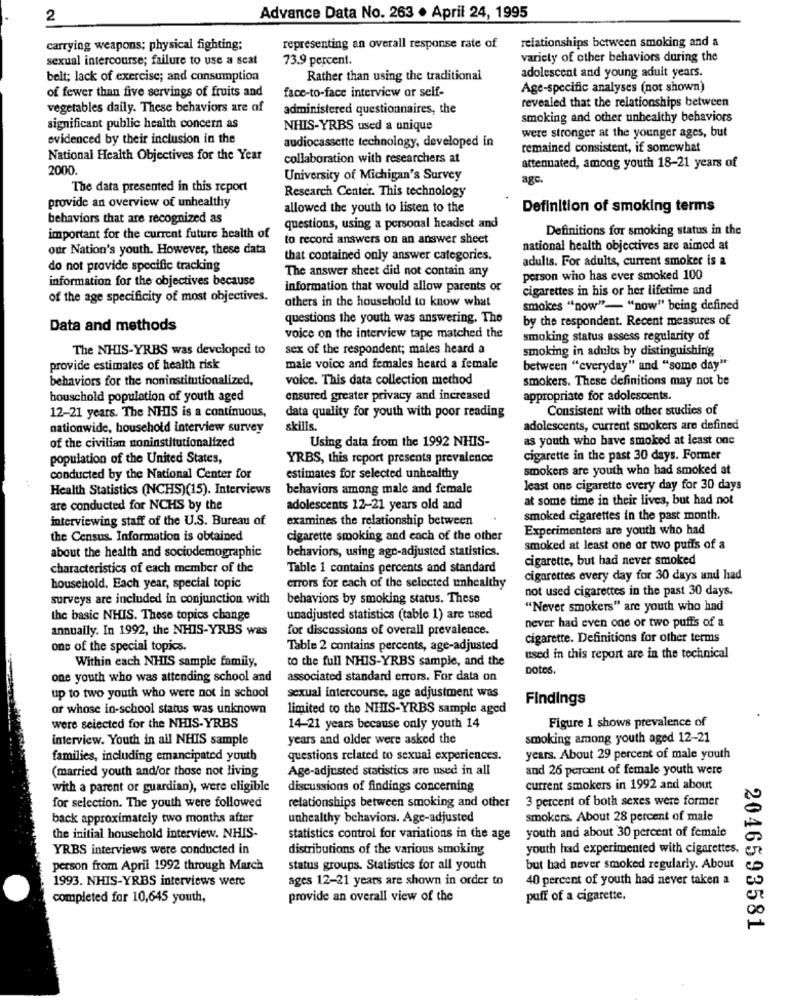
2
Advance Data No. 263 . April 24, 1995
carrying weapons; physical fighting;
representing an overall response rate of
relationships between smoking and a
sexual intercourse; failure to use a scat
73.9 percent.
variety of other behaviors during the
belt; lack of exercise; and consumption
Rather than using the traditional
adolescent and young adult years.
face-to-face interview or self-
Age-specific analyses (not shown)
of fewer than five servings of fruits and
revealed that the relationships between
vegetables daily. These behaviors are of
administered questionnaires, the
smoking and other unhealthy behaviors
significant public health concern as
NHIS-YRBS used a unique
were stronger at the younger ages, but
evidenced by their inclusion in the
audiocassette technology, developed in
remained consistent, if somewhat
National Health Objectives for the Year
collaboration with researchers at
2000.
attenuated, among youth 18-21 years of
University of Michigan's Survey
agc.
The data presented in this report
Research Center. This technology
provide an overview of unhealthy
allowed the youth to listen to the
Definition of smoking terms
behaviors that are recognized as
questions, using a personal headset and
Definitions for smoking status in the
important for the current future health of
to record answers on an answer sheet
our Nation's youth. However, these data
national health objectives are aimed at
that contained only answer categories.
adults. For adults, current smoker is a
do not provide specific tracking
The answer sheet did not contain any
information for the objectives because
person who has ever smoked 100
information that would allow parents or
cigarettes in his or her lifetime and
of the age specificity of most objectives.
others in the household to know what
smokes "now"- "now" being defined
questions the youth was answering. The
by the respondent. Recent measures of
Data and methods
voice on the interview tape matched the
smoking status assess regularity of
The NHIS-YRBS was developed to
sex of the respondent; males heard a
smoking in adults by distinguishing
provide estimates of health risk
male voice and females heard a female
between "everyday" and "some day"
behaviors for the noninstitutionalized,
voice. This data collection method
smokers. These definitions may not be
houschold population of youth aged
ensured greater privacy and increased
appropriate for adolescents.
12-21 years. The NHIS is a continuous,
Consistent with other studies of
data quality for youth with poor reading
nationwide, household interview survey
skills.
adolescents, current smokers are defined
of the civilian noninstitutionalized
Using data from the 1992 NHIS-
as youth who have smoked at least one
population of the United States,
YRBS, this report presents prevalence
cigarette in the past 30 days. Former
smokers are youth who had smoked at
conducted by the National Center for
estimates for selected unhealthy
Health Statistics (NCHS)(15). Interviews
behaviors among male and female
least one cigarette every day for 30 days
at some time in their lives, but had not
are conducted for NCHS by the
adolescents 12-21 years old and
interviewing staff of the U.S. Bureau of
examines the relationship between
smoked cigarettes in the past month.
Experimenters are youth who had
the Census. Information is obtained
cigarette smoking and each of the other
about the health and sociodemographic
behaviors, using agc-adjusted statistics.
smoked at least one or two puffs of a
cigarette, but had never smoked
characteristics of each member of the
Table 1 contains percents and standard
cigarettes every day for 30 days and had
household. Each year, special topic
errors for each of the selected unhealthy
not used cigarettes in the past 30 days.
surveys are included in conjunction with
behaviors by smoking status. These
"Never smokers" are youth who had
the basic NHIS. These topics change
unadjusted statistics (table 1) are used
annually. In 1992, the NHIS-YRBS was
for discussions of overall prevalence.
never had even one or two puffis of a
cigarette. Definitions for other terms
one of the special topics.
Table 2 contains percents, age-adjusted
to the full NHIS-YRBS sample, and the
used in this report are in the technical
Within each NHIS sample family,
Dotes.
one youth who was attending school and
associated standard errors. For data on
up to two youth who were not in school
sexual intercourse, age adjustment was
Findings
or whose in-school status was unknown
limited to the NHIS-YRBS sample aged
Figure 1 shows prevalence of
were selected for the NHIS-YRBS
14-21 years because only youth 14
interview. Youth in all NHIS sample
years and older were asked the
smoking among youth aged 12-21
families, including emancipated youth
questions related to sexual experiences.
years. About 29 percent of male youth
(married youth and/or those not living
Age-adjusted statistics are used in all
and 26 percent of female youth were
with a parent or guardian), were eligible
discussions of findings concerning
current smokers in 1992 and about
3 percent of both sexes were former
for selection. The youth were followed
relationships between smoking and other
back approximately two months after
unhealthy behaviors. Age-adjusted
smokers. About 28 percent of male
the initial household interview. NHIS-
statistics control for variations in the age
youth and about 30 percent of female
YRBS interviews were conducted in
distributions of the various smoking
youth had experimented with cigarettes,
person from April 1992 through March
status groups. Statistics for all youth
but had never smoked regularly. About
1993. NHIS-YRBS interviews were
ages 12-21 years are shown in order to
40 percent of youth had never taken a
completed for 10,645 youth,
provide an overall view of the
puff of a cigarette.
2046593581